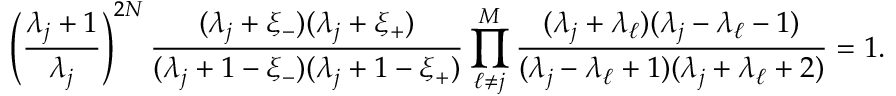
\left( \frac { \lambda _ { j } + 1 } { \lambda _ { j } } \right) ^ { 2 N } \frac { ( \lambda _ { j } + \xi _ { - } ) ( \lambda _ { j } + \xi _ { + } ) } { ( \lambda _ { j } + 1 - \xi _ { - } ) ( \lambda _ { j } + 1 - \xi _ { + } ) } \prod _ { \ell \neq j } ^ { M } \frac { ( \lambda _ { j } + \lambda _ { \ell } ) ( \lambda _ { j } - \lambda _ { \ell } - 1 ) } { ( \lambda _ { j } - \lambda _ { \ell } + 1 ) ( \lambda _ { j } + \lambda _ { \ell } + 2 ) } = 1 .